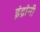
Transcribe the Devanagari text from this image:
इंद्रांनी